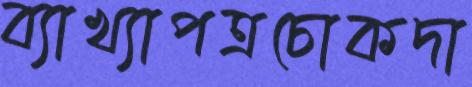
ব্যাখ্যাপত্রচোকদা